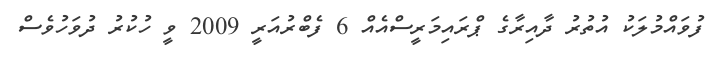
ފުވައްމުލަކު އުތުރު ދާއިރާގެ ޕްރައިމަރީސްއެއް 6 ފެބްރުއަރީ 2009 ވީ ހުކުރު ދުވަހުވެސް